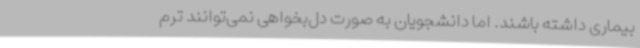
بیماری داشته باشند. اما دانشجویان به صورت دل‌بخواهی نمی‌توانند ترم